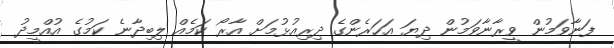
ފަނާވަމުން ވީރާނާވަމުން ދިޔަ އަހަރެންގެ ދިރިއުޅުމަށް އާރޯ ކަމެއް ލިބިދާނެ ކަމުގެ އުއްމީދު